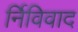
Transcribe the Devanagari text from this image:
र्निविवाद